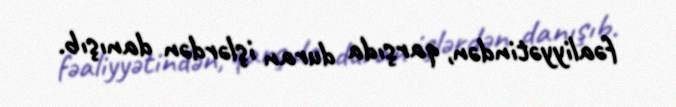
fəaliyyətindən, qarşıda duran işlərdən danışıb.